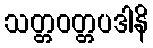
သတ္တဝတ္တပဒါနိ